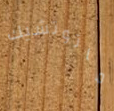
ماتوتشيك